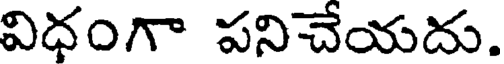
విధంగా పనిచేయదు.